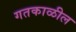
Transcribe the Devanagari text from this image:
गतकाळील